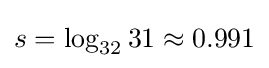
s=\log _{32}31\approx 0.991